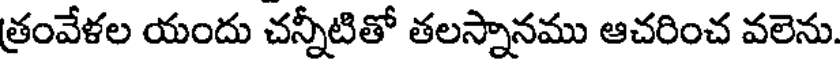
త్రంవేళల యందు చన్నీటితో తలస్నానము ఆచరించ వలెను.